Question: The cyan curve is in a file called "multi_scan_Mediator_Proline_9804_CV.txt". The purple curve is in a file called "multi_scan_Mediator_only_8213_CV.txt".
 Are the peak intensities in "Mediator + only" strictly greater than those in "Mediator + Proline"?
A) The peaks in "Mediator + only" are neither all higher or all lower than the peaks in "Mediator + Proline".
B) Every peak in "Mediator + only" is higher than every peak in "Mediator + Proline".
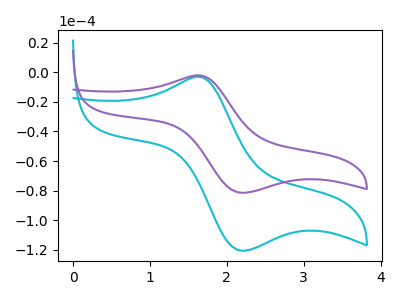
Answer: <think>The cyan curve "Mediator + Proline" has an anodic peak at (1.60V, -3.00uA) and a cathodic peak at (2.20V, -120.60uA). The purple curve "Mediator + only" has an anodic peak at (1.60V, -2.05uA) and a cathodic peak at (2.20V, -81.40uA).</think>
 <answer>A) The peaks in "Mediator + only" are neither all higher or all lower than the peaks in "Mediator + Proline".</answer>
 <eval>A</eval>